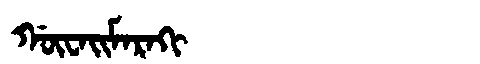
Manchu: ᡤᡡᠸᠠᡳᠮᠠᡵᠠᡴᡳ
Romanization: GŪWAIMARAKI